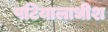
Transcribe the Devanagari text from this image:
पटियालाधीश